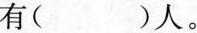
有( )人。